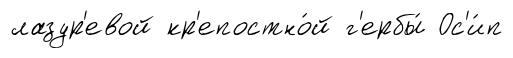
лазур'евой кр'епостно́й г'ербы́ Ос'и́п